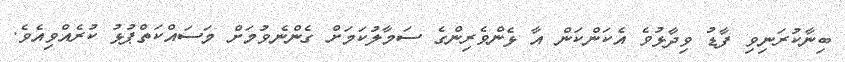
ބިނާކުރަނިވި ފާޑު ވިދާޅުވެ އެކަންކަން އާ ޅެންވެރިންގެ ސަމާލުކަމަށް ގެންނެވުމަށް މަސައްކަތްޕުޅު ކުރެއްވިއެވެ.